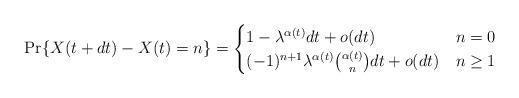
LaTeX: \begin{align*}\Pr \{X(t+dt)-X(t)=n\}=\begin{cases}1-\lambda ^{\alpha (t)}dt+o(dt)& n=0\\(-1)^{n+1}\lambda ^{\alpha (t)}\binom{\alpha (t)}{n}dt+o(dt)& n\geq 1\end{cases}\end{align*}